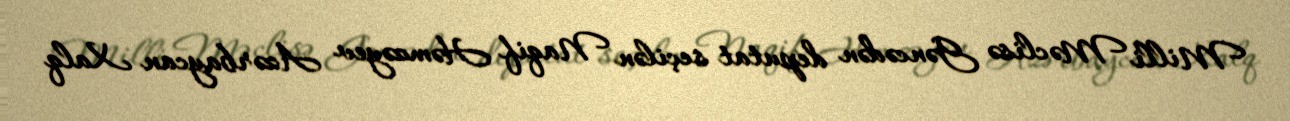
Milli Məclisə Gəncədən deputat seçilən Naqif Həmzəyev Azərbaycan Xalq